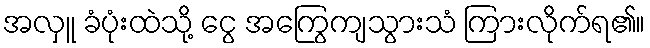
အလှူ ခံပုံးထဲသို့ ငွေ အကြွေကျသွားသံ ကြားလိုက်ရ၏။